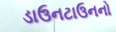
ડાઉનટાઉનનો